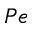
P e